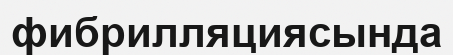
фибрилляциясында